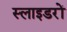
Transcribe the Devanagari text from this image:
स्लाइडरों